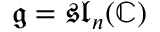
{ \mathfrak { g } } = { \mathfrak { s l } } _ { n } ( \mathbb { C } )